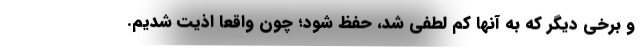
و برخی دیگر که به آنها کم‌ لطفی شد، حفظ شود؛ چون واقعا اذیت شدیم.